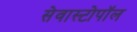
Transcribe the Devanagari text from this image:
सेवास्टोपॉल